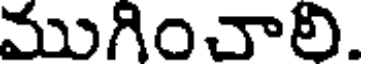
ముగించాలి.